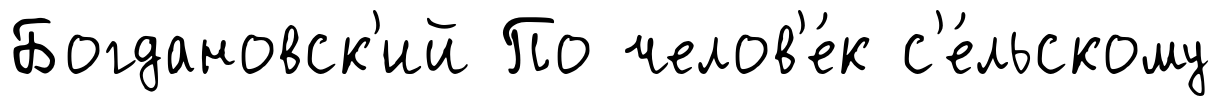
Богдановск'ий По челов'е́к с'е́льскому